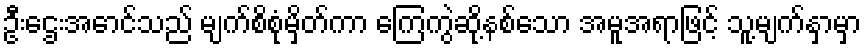
ဦးဌေးအောင်သည် မျက်စိစုံမှိတ်ကာ ကြေကွဲဆို့နစ်သော အမူအရာဖြင့် သူ့မျက်နှာမှာ